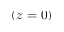
( z = 0 )